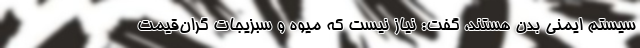
سیستم ایمنی بدن هستند، گفت: نیاز نیست که میوه و سبزیجات گران‌قیمت